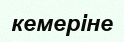
кемеріне